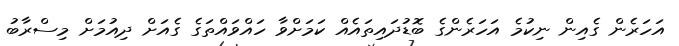
އަހަރެން ގެއިން ނިކުމެ އަހަރެންގެ ބޮޑުދައިތައެއް ކަމަށްވާ ހައްވައްތަގެ ގެއަށް ދިއުމަށް މިސްރާބު